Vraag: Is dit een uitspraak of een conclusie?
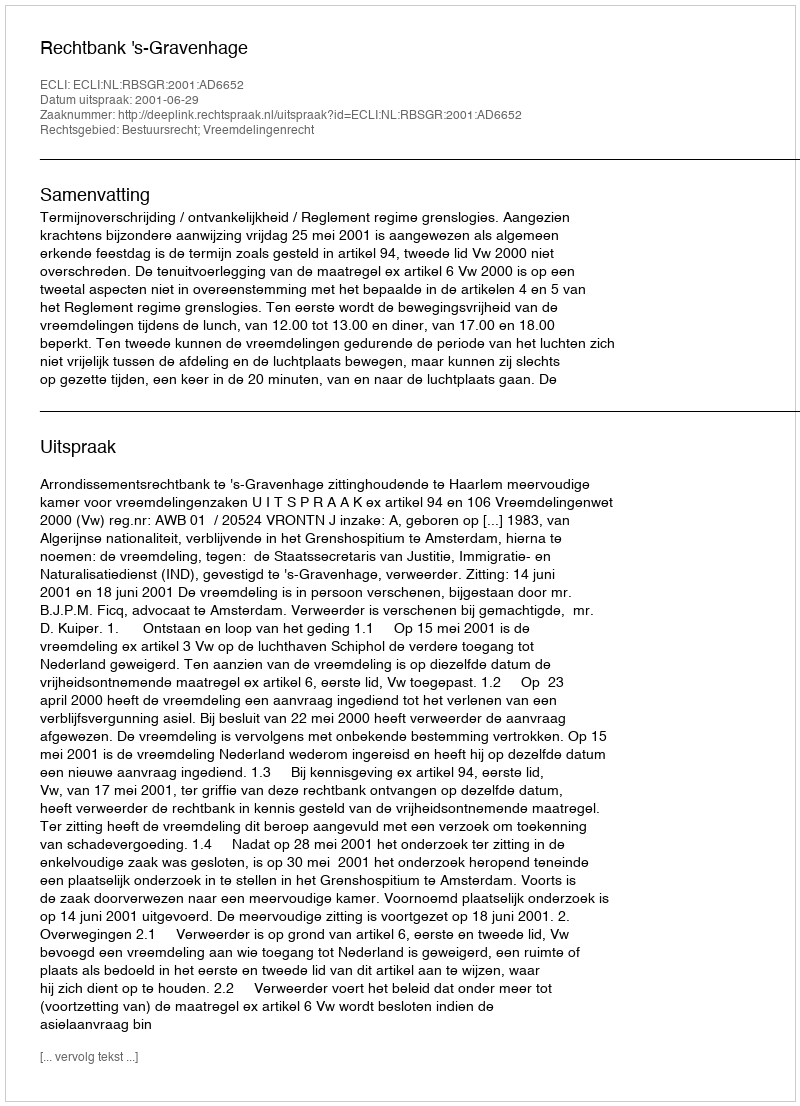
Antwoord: Uitspraak